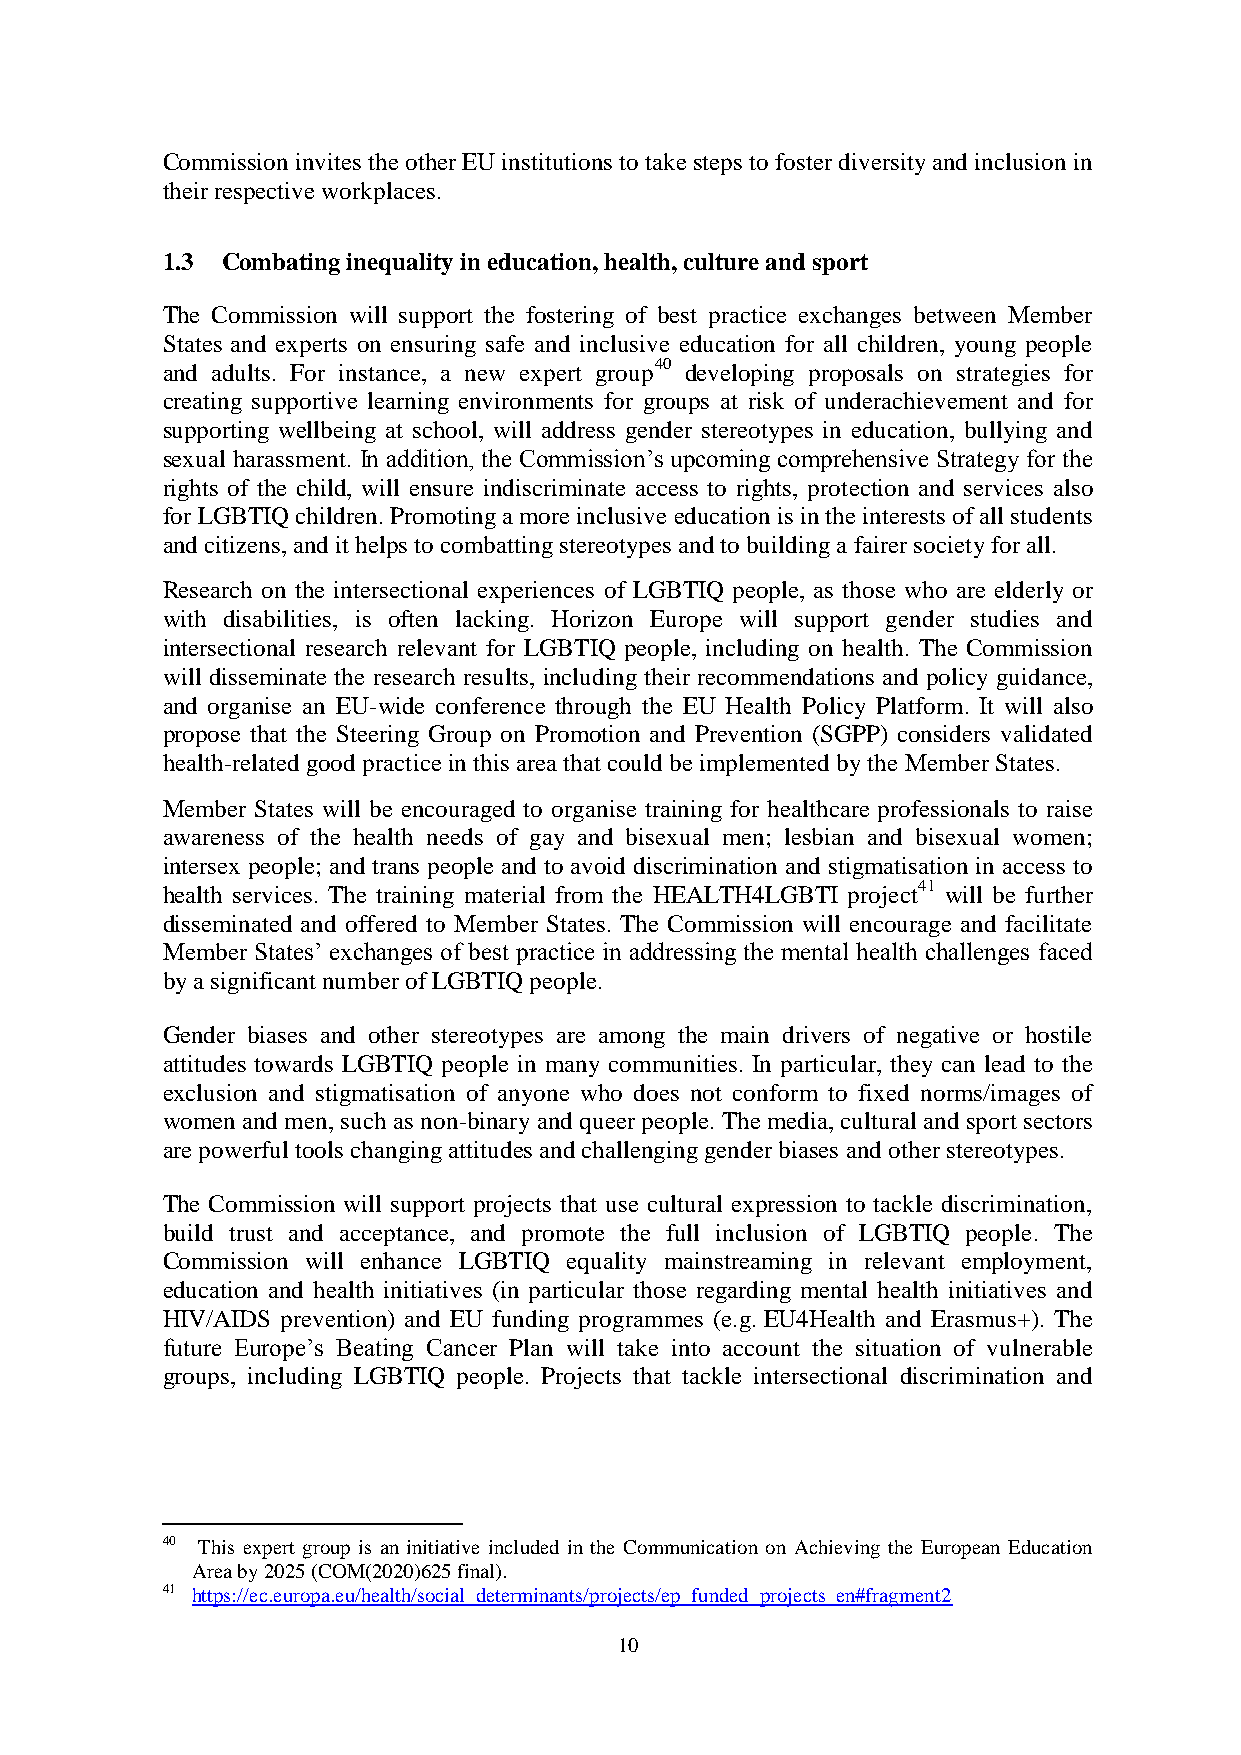
Commission invites the other EU institutions to take steps to foster diversity and inclusion in
 their respective workplaces.
 1.3 Combating inequality in education, health, culture and sport
 The Commission will support the fostering of best practice exchanges between Member
 States and experts on ensuring safe and inclusive education for all children, young people
 and adults. For instance, a new expert group40 developing proposals on strategies for
 creating supportive learning environments for groups at risk of underachievement and for
 supporting wellbeing at school, will address gender stereotypes in education, bullying and
 sexual harassment. In addition, the Commission’s upcoming comprehensive Strategy for the
 rights of the child, will ensure indiscriminate access to rights, protection and services also
 for LGBTIQ children. Promoting a more inclusive education is in the interests of all students
 and citizens, and it helps to combatting stereotypes and to building a fairer society for all.
 Research on the intersectional experiences of LGBTIQ people, as those who are elderly or
 with disabilities, is often lacking. Horizon Europe will support gender studies and
 intersectional research relevant for LGBTIQ people, including on health. The Commission
 will disseminate the research results, including their recommendations and policy guidance,
 and organise an EU-wide conference through the EU Health Policy Platform. It will also
 propose that the Steering Group on Promotion and Prevention (SGPP) considers validated
 health-related good practice in this area that could be implemented by the Member States.
 Member States will be encouraged to organise training for healthcare professionals to raise
 awareness of the health needs of gay and bisexual men; lesbian and bisexual women;
 intersex people; and trans people and to avoid discrimination and stigmatisation in access to
 health services. The training material from the HEALTH4LGBTI project41 will be further
 disseminated and offered to Member States. The Commission will encourage and facilitate
 Member States’ exchanges of best practice in addressing the mental health challenges faced
 by a significant number of LGBTIQ people.
 Gender biases and other stereotypes are among the main drivers of negative or hostile
 attitudes towards LGBTIQ people in many communities. In particular, they can lead to the
 exclusion and stigmatisation of anyone who does not conform to fixed norms/images of
 women and men, such as non-binary and queer people. The media, cultural and sport sectors
 are powerful tools changing attitudes and challenging gender biases and other stereotypes.
 The Commission will support projects that use cultural expression to tackle discrimination,
 build trust and acceptance, and promote the full inclusion of LGBTIQ people. The
 Commission will enhance LGBTIQ equality mainstreaming in relevant employment,
 education and health initiatives (in particular those regarding mental health initiatives and
 HIV/AIDS prevention) and EU funding programmes (e.g. EU4Health and Erasmus+). The
 future Europe’s Beating Cancer Plan will take into account the situation of vulnerable
 groups, including LGBTIQ people. Projects that tackle intersectional discrimination and
 40 This expert group is an initiative included in the Communication on Achieving the European Education
 Area by 2025 (COM(2020)625 final).
 41 https://ec.europa.eu/health/social_determinants/projects/ep_funded_projects_en#fragment2
 10